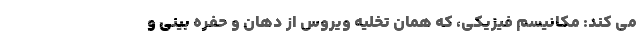
می کند: مکانیسم فیزیکی، که همان تخلیه ویروس از دهان و حفره بینی و